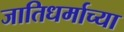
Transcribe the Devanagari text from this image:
जातिधर्माच्या